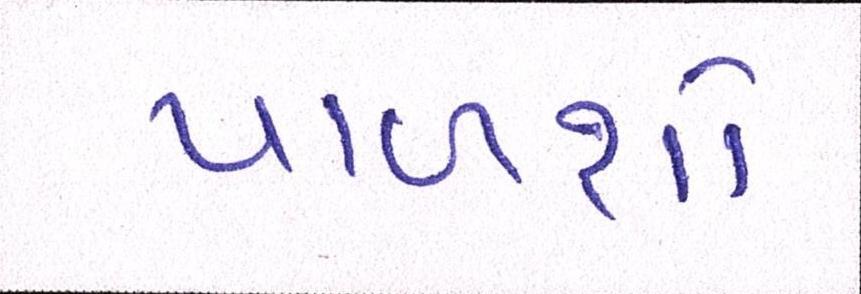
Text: પાળશો